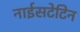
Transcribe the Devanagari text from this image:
नाईसटेटिन